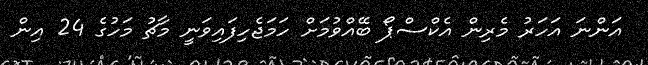
އަންނަ އަހަރު މެރިން އެކްސްޕޯ ބޭއްވުމަށް ހަމަޖެހިފައިވަނީ މާޗު މަހުގެ 24 އިން